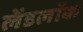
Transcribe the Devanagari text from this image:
लेंडलॉक